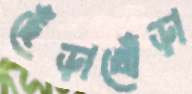
ছেঁড়াখোঁড়া